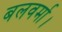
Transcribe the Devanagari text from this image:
बलवर्मा।